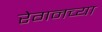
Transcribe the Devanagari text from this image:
रेगनच्या